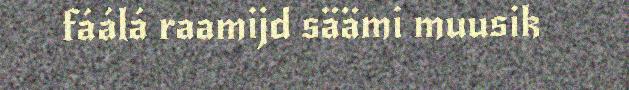
fáálá raamijd säämi muusik